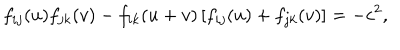
LaTeX: f _ { i j } ( u ) f _ { j k } ( v ) - f _ { i k } ( u + v ) \left[ f _ { i j } ( u ) + f _ { j k } ( v ) \right] = - c ^ { 2 } ,